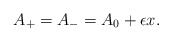
\begin{align*} A_+=A_-=A_0+\epsilon x.\end{align*}